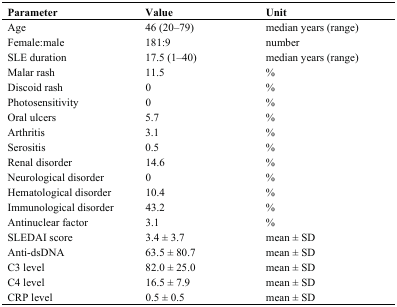
| Parameter | Value | Unit |
 | --- | --- | --- |
 | Age | 46 (20–79) | median years (range) |
 | Female:male | 181:9 | number |
 | SLE duration | 17.5 (1–40) | median years (range) |
 | Malar rash | 11.5 | % |
 | Discoid rash | 0 | % |
 | Photosensitivity | 0 | % |
 | Oral ulcers | 5.7 | % |
 | Arthritis | 3.1 | % |
 | Serositis | 0.5 | % |
 | Renal disorder | 14.6 | % |
 | Neurological disorder | 0 | % |
 | Hematological disorder | 10.4 | % |
 | Immunological disorder | 43.2 | % |
 | Antinuclear factor | 3.1 | % |
 | SLEDAI score | 3.4 ± 3.7 | mean ± SD |
 | Anti-dsDNA | 63.5 ± 80.7 | mean ± SD |
 | C3 level | 82.0 ± 25.0 | mean ± SD |
 | C4 level | 16.5 ± 7.9 | mean ± SD |
 | CRP level | 0.5 ± 0.5 | mean ± SD |